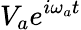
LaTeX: V_{a}e^{i\omega_{a}t}